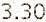
3.30